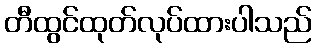
တီထွင်ထုတ်လုပ်ထားပါသည်